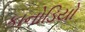
કાનોડિયો